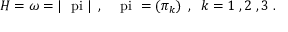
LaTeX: H = \omega = \left| \mathrm { \boldmath ~ \ p i ~ } \right| \; , \; \; \mathrm { \boldmath ~ \ p i ~ } = \left( \pi _ { k } \right) \; , \; \; k = 1 \; , 2 \; , 3 \; .